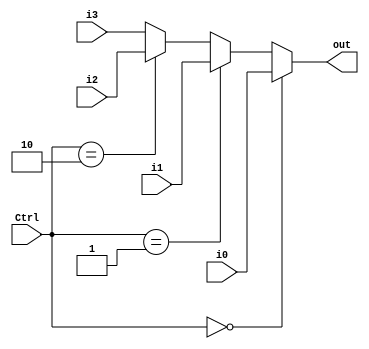
`timescale 1ns/1ps
module MUX4 (
    input [1:0] Ctrl,
    input [3:0] i0,
    input [3:0] i1,
    input [3:0] i2,
    input [3:0] i3,
    output [3:0] out
);
    assign out = (Ctrl == 2'b00) ? i0 : (Ctrl == 2'b01) ? i1 : (Ctrl == 2'b10) ? i2 : i3;

endmodule